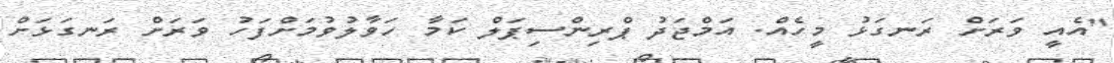
"އެއީ ވަރަށް ރަނގަޅު މީހެއް. އަމްޖަދު ޕްރިންސިޕަލް ކަމާ ހަވާލުވުމަށްފަހު ވަރަށް ރަނގަޅަށް